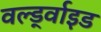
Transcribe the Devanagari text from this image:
वर्ल्ड्वाइड